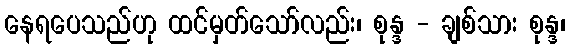
နေရပေသည်ဟု ထင်မှတ်သော်လည်း၊ စုန္ဒ - ချစ်သား စုန္ဒ၊